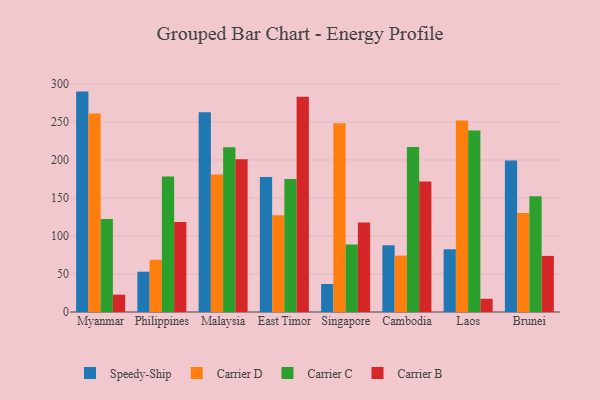
{"axis": {"x": "Country", "y": "Revenue (USD Million)"}, "legend": ["Carrier B", "Carrier C", "Carrier D", "Speedy-Ship"], "data": [{"x": "Myanmar", "y": 289.9, "type": "Speedy-Ship"}, {"x": "Myanmar", "y": 261.2, "type": "Carrier D"}, {"x": "Myanmar", "y": 122.2, "type": "Carrier C"}, {"x": "Myanmar", "y": 22.8, "type": "Carrier B"}, {"x": "Philippines", "y": 53.0, "type": "Speedy-Ship"}, {"x": "Philippines", "y": 68.6, "type": "Carrier D"}, {"x": "Philippines", "y": 178.3, "type": "Carrier C"}, {"x": "Philippines", "y": 118.3, "type": "Carrier B"}, {"x": "Malaysia", "y": 262.9, "type": "Speedy-Ship"}, {"x": "Malaysia", "y": 180.7, "type": "Carrier D"}, {"x": "Malaysia", "y": 216.7, "type": "Carrier C"}, {"x": "Malaysia", "y": 200.9, "type": "Carrier B"}, {"x": "East Timor", "y": 177.5, "type": "Speedy-Ship"}, {"x": "East Timor", "y": 127.4, "type": "Carrier D"}, {"x": "East Timor", "y": 175.1, "type": "Carrier C"}, {"x": "East Timor", "y": 283.0, "type": "Carrier B"}, {"x": "Singapore", "y": 36.8, "type": "Speedy-Ship"}, {"x": "Singapore", "y": 248.4, "type": "Carrier D"}, {"x": "Singapore", "y": 88.7, "type": "Carrier C"}, {"x": "Singapore", "y": 117.8, "type": "Carrier B"}, {"x": "Cambodia", "y": 87.9, "type": "Speedy-Ship"}, {"x": "Cambodia", "y": 74.2, "type": "Carrier D"}, {"x": "Cambodia", "y": 217.1, "type": "Carrier C"}, {"x": "Cambodia", "y": 171.7, "type": "Carrier B"}, {"x": "Laos", "y": 82.5, "type": "Speedy-Ship"}, {"x": "Laos", "y": 252.0, "type": "Carrier D"}, {"x": "Laos", "y": 238.6, "type": "Carrier C"}, {"x": "Laos", "y": 17.4, "type": "Carrier B"}, {"x": "Brunei", "y": 199.4, "type": "Speedy-Ship"}, {"x": "Brunei", "y": 130.3, "type": "Carrier D"}, {"x": "Brunei", "y": 152.4, "type": "Carrier C"}, {"x": "Brunei", "y": 73.8, "type": "Carrier B"}]}